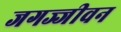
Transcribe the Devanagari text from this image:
जगज्जीवन